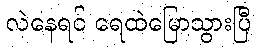
လဲနေရင် ရေထဲမြောသွားပြီ